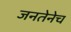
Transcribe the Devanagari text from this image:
जनतेनेच